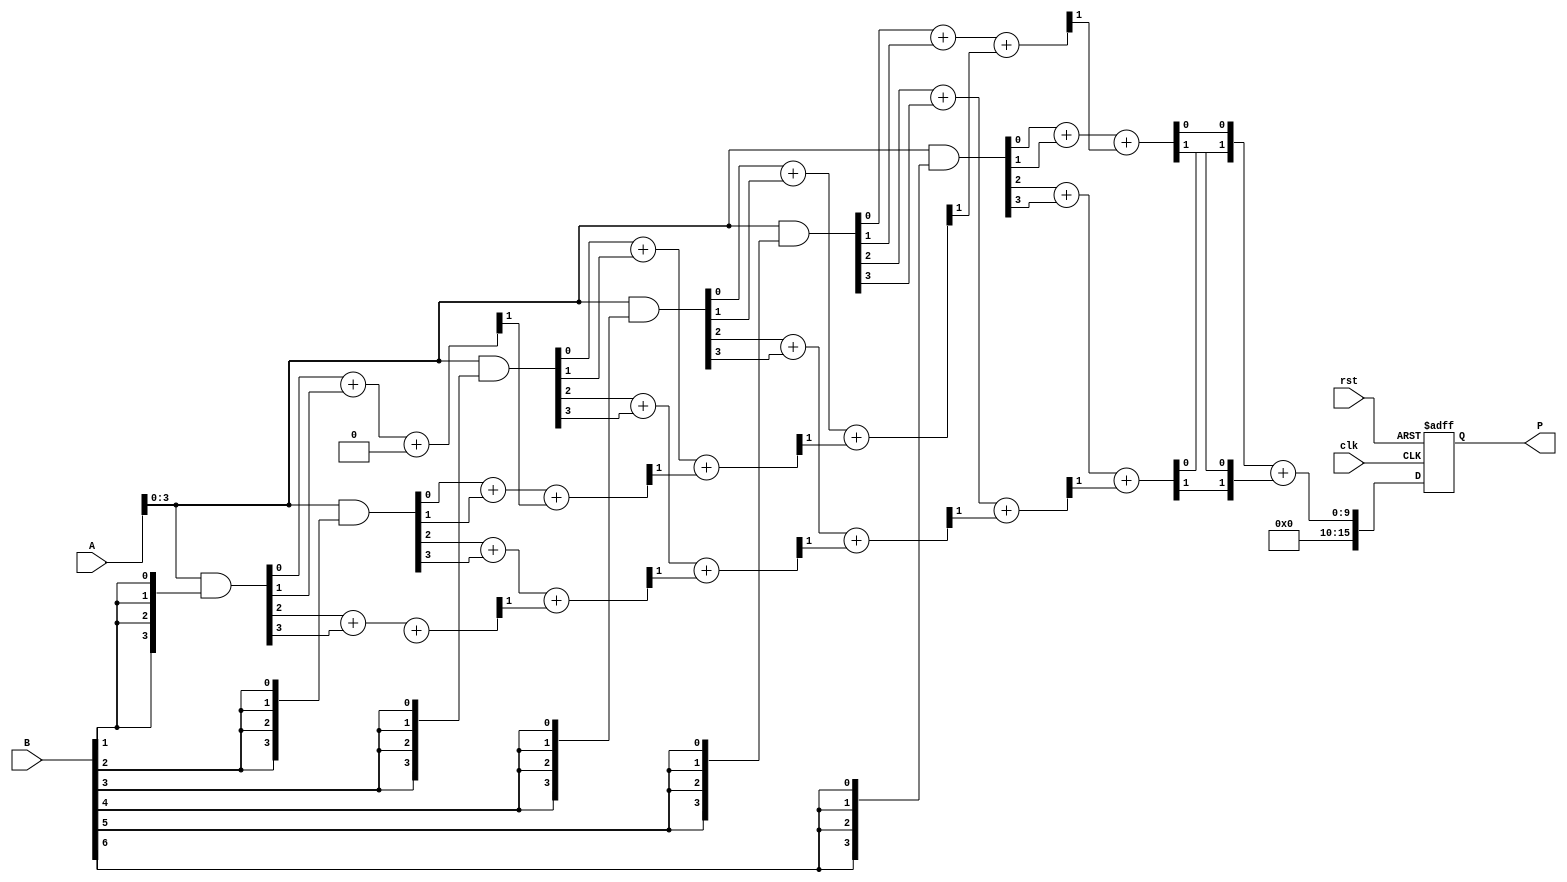
module WallaceTreeMultiplier #(parameter N = 8) (
    input clk,
    input rst,
    input [N-1:0] A,
    input [N-1:0] B,
    output reg [2*N-1:0] P
);

// Internal signals for partial products and intermediate sums
reg [N-1:0] partial_products[N-1:0];
wire [N:0] sum[N-1:0];  // Sum and carry for each stage
wire [N:0] carry[N-1:0];

// Generate partial products
genvar i;
generate
    for (i = 0; i < N; i = i + 1) begin : pp_gen
        assign partial_products[i] = A & {N{B[i]}};
    end
endgenerate

// Wallace tree reduction stage
// Stage 1: Half Adders and Full Adders
generate
    for (i = 0; i < N-1; i = i + 1) begin : reduction_stage
        if (i == 0) begin
            assign sum[i][0] = partial_products[i][0];
            assign sum[i][1] = partial_products[i][1];
            assign carry[i][0] = 1'b0; // No carry
        end else begin
            assign {carry[i][0], sum[i][0]} = partial_products[i][0] + partial_products[i][1] + carry[i-1][0];
            assign {carry[i][1], sum[i][1]} = partial_products[i][2] + partial_products[i][3] + carry[i-1][1];
        end
    end
endgenerate

// Final addition
wire [2*N-1:0] final_sum;
assign final_sum = sum[N-2] + carry[N-2];

// Output stage
always @(posedge clk or posedge rst) begin
    if (rst) begin
        P <= 0;
    end else begin
        P <= final_sum;
    end
end

endmodule